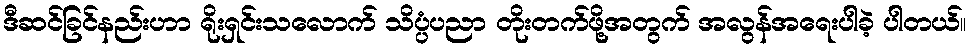
ဒီဆင်ခြင်နည်းဟာ ရိုးရှင်းသလောက် သိပ္ပံပညာ တိုးတက်ဖို့အတွက် အလွန်အရေးပါခဲ့ ပါတယ်။